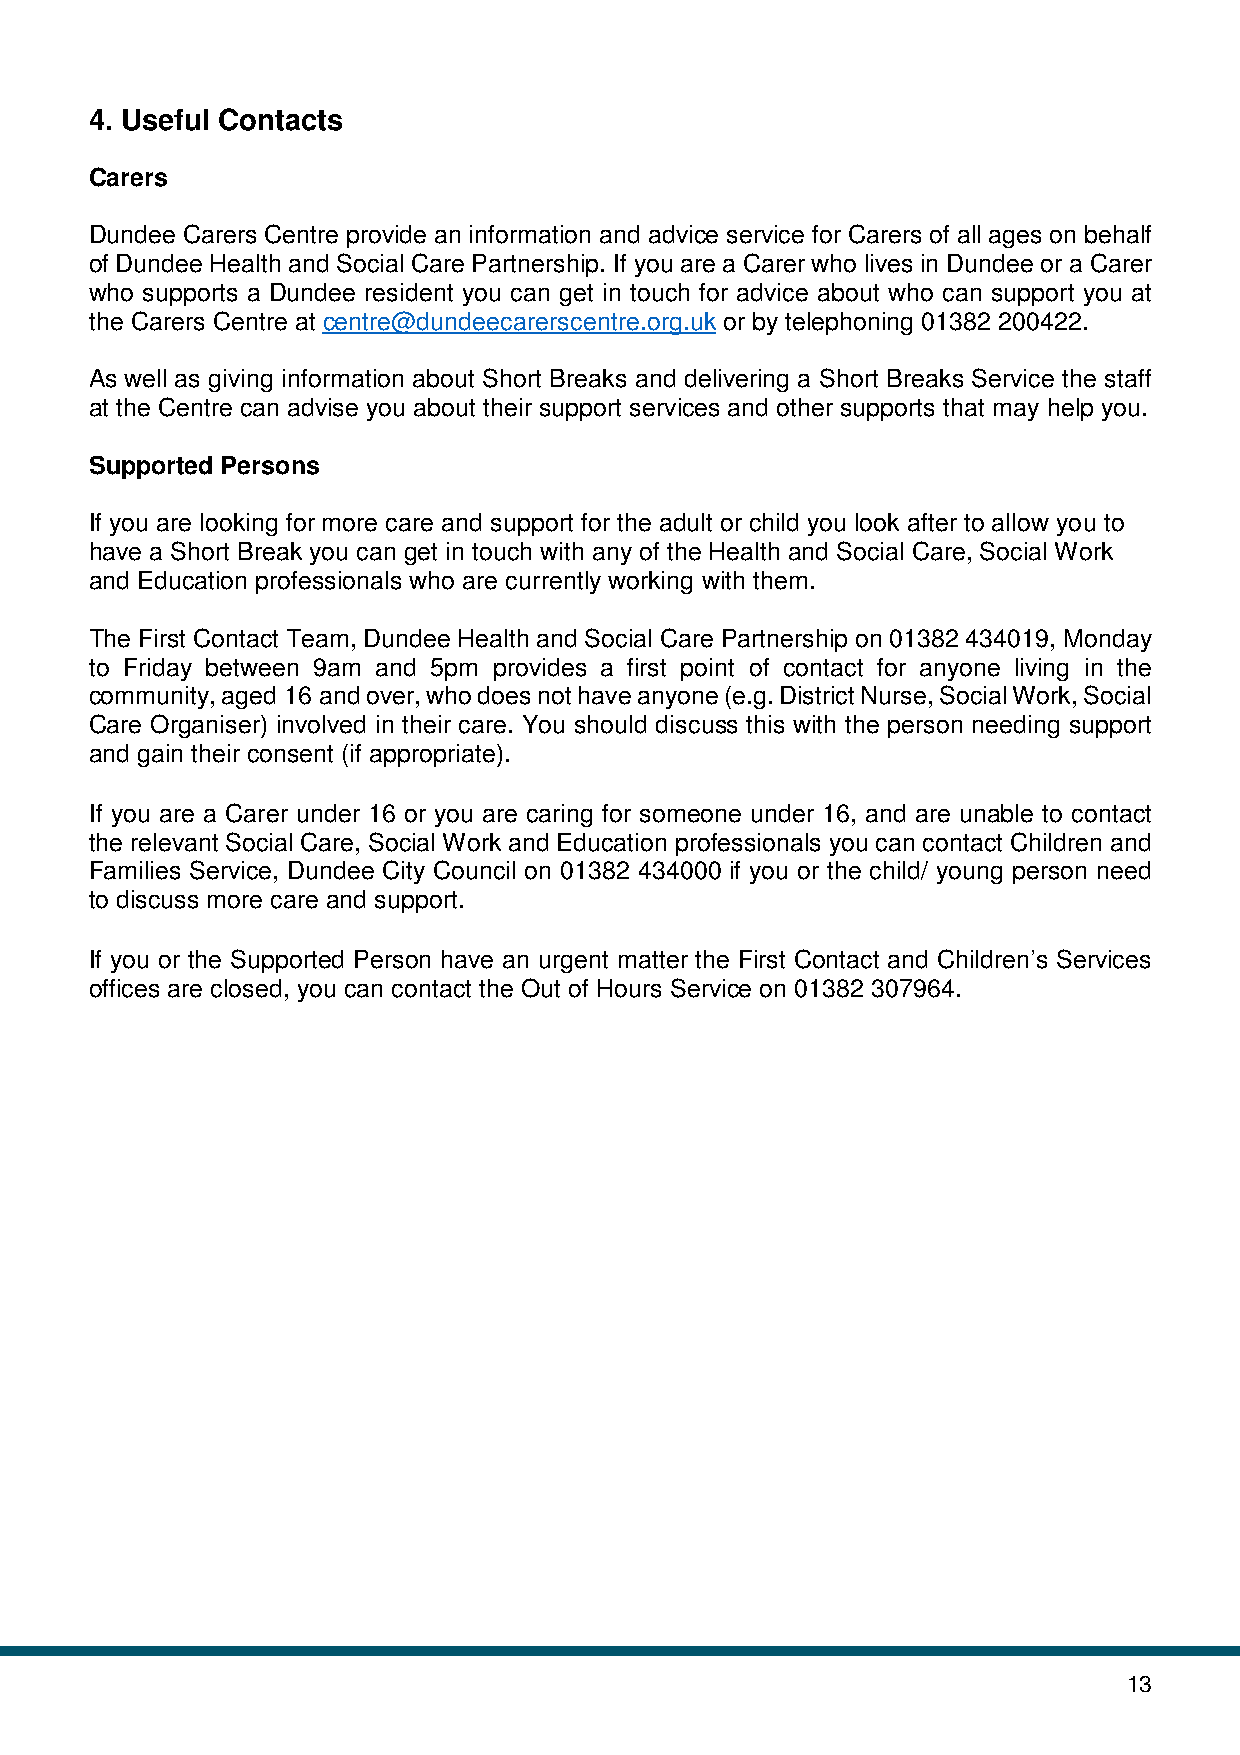
4. Useful Contacts
 Carers
 Dundee Carers Centre provide an information and advice service for Carers of all ages on behalf
 of Dundee Health and Social Care Partnership. If you are a Carer who lives in Dundee or a Carer
 who supports a Dundee resident you can get in touch for advice about who can support you at
 the Carers Centre at centre@dundeecarerscentre.org.uk or by telephoning 01382 200422.
 As well as giving information about Short Breaks and delivering a Short Breaks Service the staff
 at the Centre can advise you about their support services and other supports that may help you.
 Supported Persons
 If you are looking for more care and support for the adult or child you look after to allow you to
 have a Short Break you can get in touch with any of the Health and Social Care, Social Work
 and Education professionals who are currently working with them.
 The First Contact Team, Dundee Health and Social Care Partnership on 01382 434019, Monday
 to Friday between 9am and 5pm provides a first point of contact for anyone living in the
 community, aged 16 and over, who does not have anyone (e.g. District Nurse, Social Work, Social
 Care Organiser) involved in their care. You should discuss this with the person needing support
 and gain their consent (if appropriate).
 If you are a Carer under 16 or you are caring for someone under 16, and are unable to contact
 the relevant Social Care, Social Work and Education professionals you can contact Children and
 Families Service, Dundee City Council on 01382 434000 if you or the child/ young person need
 to discuss more care and support.
 If you or the Supported Person have an urgent matter the First Contact and Children’s Services
 offices are closed, you can contact the Out of Hours Service on 01382 307964.
 13